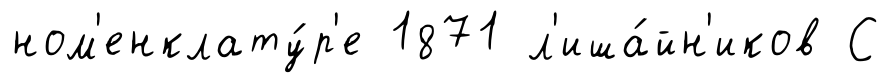
ном'енклату́р'е 1871 л'иша́йн'иков С